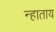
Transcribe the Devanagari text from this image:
न्हाताय